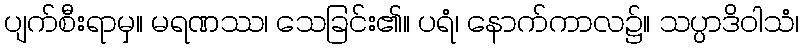
ပျက်စီးရာမှ။ မရဏဿ၊ သေခြင်း၏။ ပရံ၊ နောက်ကာလ၌။ သပ္ပာဒိဝါသံ၊